Lunatic asylums United Prov. 1922-30 - 1922-1930
Year: 1922
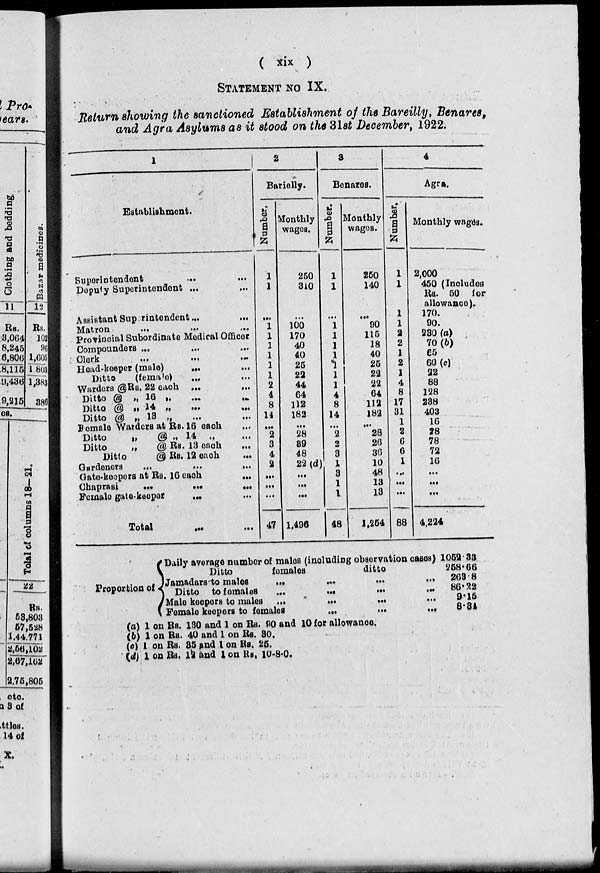
( xix )
STATEMENT NO. IX.
Return showing the sanctioned Establishment of the Bareilly, Benares,
and Agra Asylums as it stood on the 31st December, 1922.
1
Establishment.
Superintendent
...
...
Deputy Superintendent ... ...
Assistant Superintendent
...
...
Matron
...
...
...
Provincial Subordinate Medical Officer
Compounders ... ... ...
Clerk
...
...
...
Head-keeper (male) ... ...
Ditto
(female) ... ...
Warders @ Rs. 22 each ...
...
Ditto @ „ 16 „
...
...
Ditto @ „ 14 „ ... ...
Ditto @ „ 13 „
...
...
Female Warders at Rs. 16 each ...
Ditto
„
@ „ 14 „ ...
Ditto
„
@ Rs. 13 each ...
Ditto
@ Rs. 12 each ...
Gardeners
...
...
...
Gate-keepers at Rs. 16 each
...
Chaprasi
...
...
...
Female gate-keeper ... ...
Total ... ...
2
Barielly.
Number.
1
1
...
1
1
1
1
1
1
2
4
8
14
...
2
3
4
2
...
...
...
47
Monthly
wages.
250
310
...
100
170
40
40
25
22
44
64
112
182
...
28
39
48
22 (d)
...
...
...
1,496
3
Benares.
Number.
1
1
...
1
1
1
1
1
1
1
4
8
14
...
2
2
3
1
3
1
1
48
Monthly
wages.
250
140
...
90
115
18
40
25
22
22
64
112
182
...
28
26
36
10
48
13
13
1,254
4
Agra.
Number.
1
1
1
1
2
2
1
2
1
4
8
17
31
1
2
6
6
1
...
...
...
88
Monthly wages.
2,000
450 (Includes
Rs. 50 for
allowance).
170.
90.
230 (a)
70 (b)
65
60(c)
22
88
128
238
403
16
28
78
72
16
...
...
...
4,224
Proportion of
Daily average number of males (including observation cases)
Ditto
females
ditto
Jamadars to males ... ... ... ...
Ditto to females
...
...
...
...
Male keepers to males ...
...
...
...
Female keepers to females ... ... ...
(a) 1 on Rs. 130 and 1 on Rs. 90 and 10 for allowance.
(b) 1 on Rs. 40 and 1 on Rs. 30.
(c) 1 on Rs. 35 and 1 on Rs. 25.
(d) 1 on Rs. 12 and 1 on Rs. 10-8-0.
1052.33
258.66
263.8
86.22
9.15
8.34